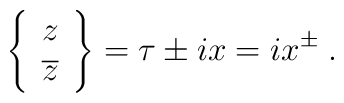
\left\{\begin{array}{c}z\\ \overline z\end{array}\right\}=\tau\pm ix=ix^{\pm}\;.